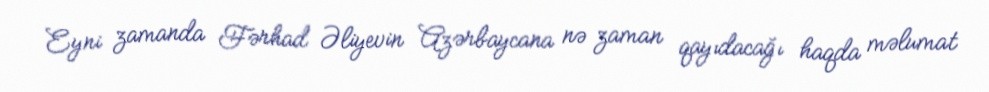
Eyni zamanda Fərhad Əliyevin Azərbaycana nə zaman qayıdacağı haqda məlumat